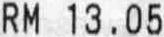
RM 13.05